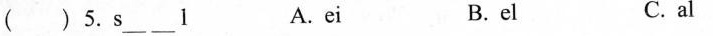
( ) 5. s___ ___1 A. ei B.el C. al